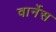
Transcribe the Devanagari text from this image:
वार्नेस